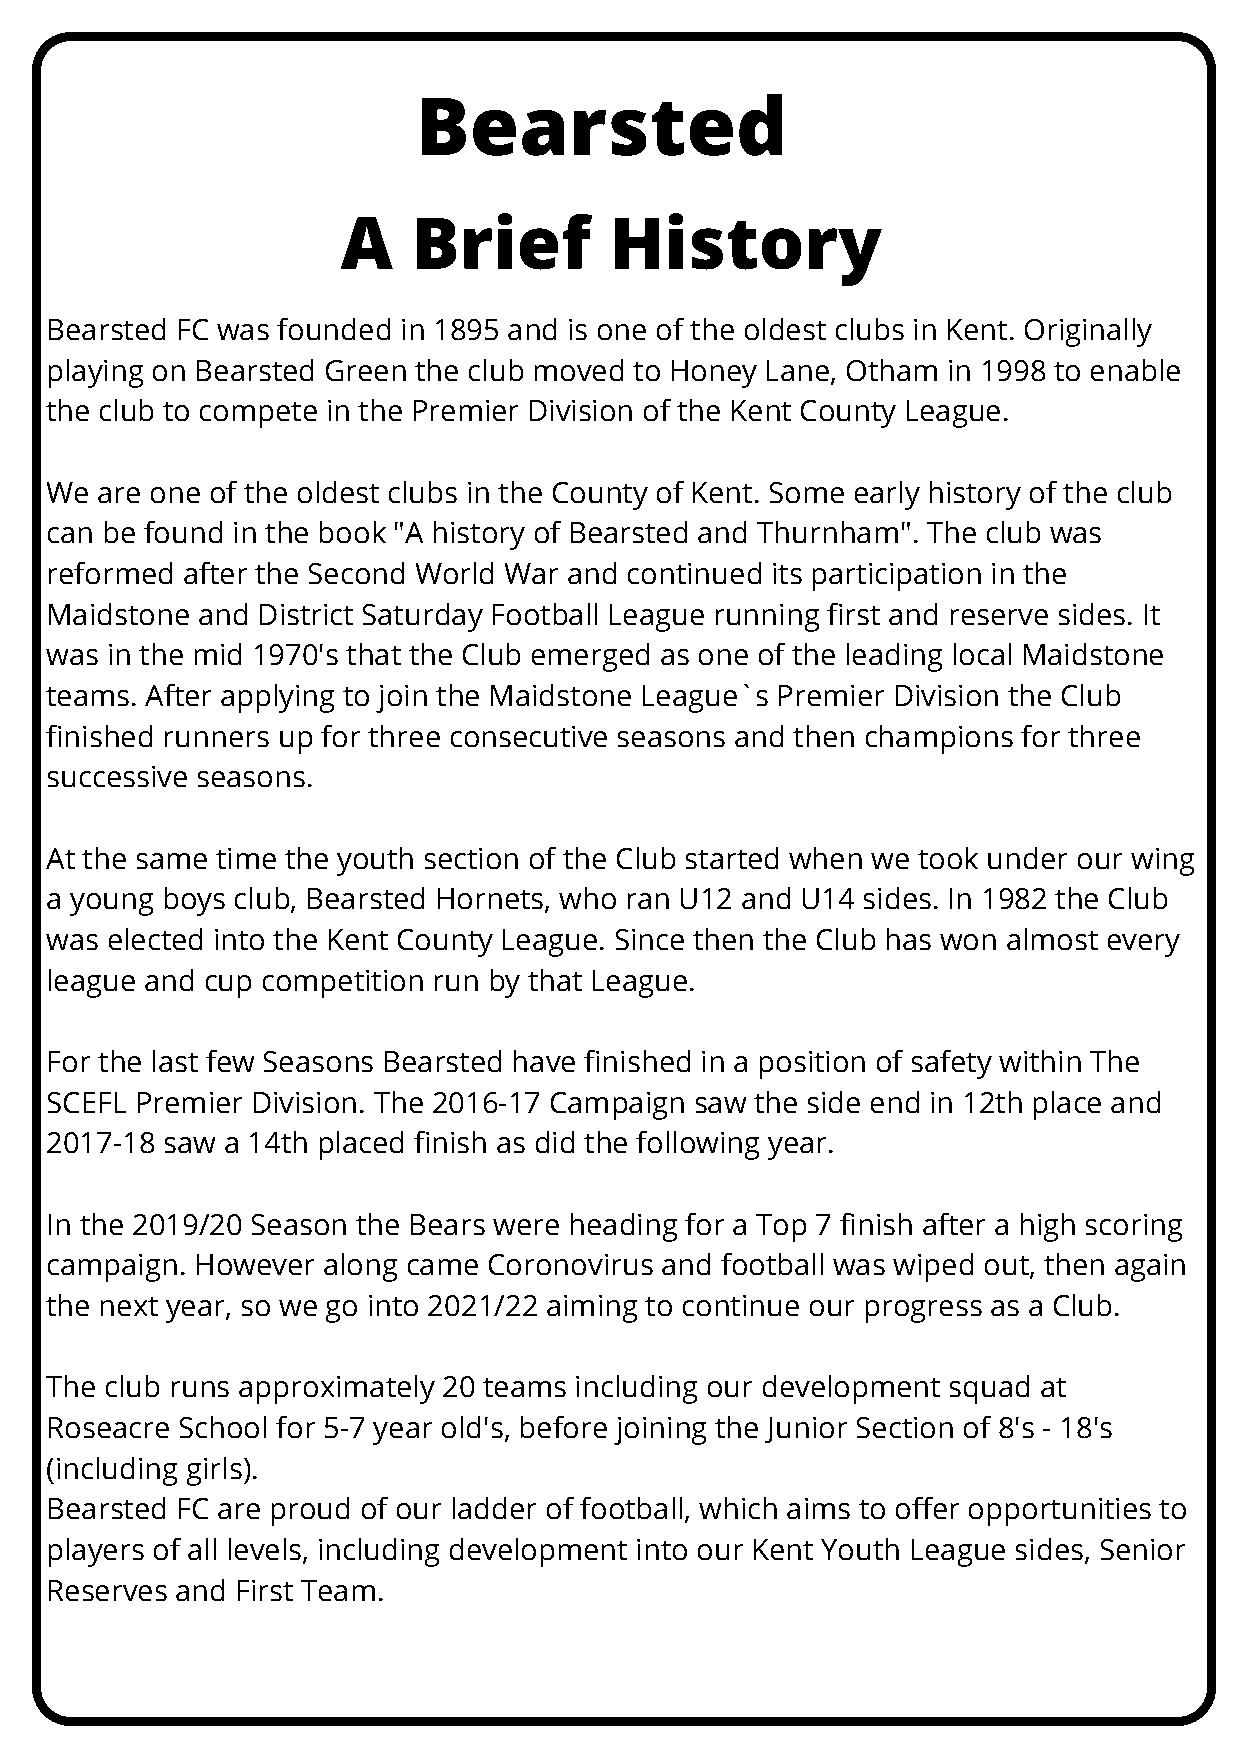
Bearsted
 A   Brief        History
 Bearsted FC was founded in 1895 and is one of the oldest clubs in Kent. Originally
 playing on Bearsted Green the club moved to Honey Lane, Otham in 1998 to enable
 the club to compete in the Premier Division of the Kent County League.
 We are one of the oldest clubs in the County of Kent. Some early history of the club
 can be found in the book "A history of Bearsted and Thurnham". The club was
 reformed after the Second World War and continued its participation in the
 Maidstone and District Saturday Football League running first and reserve sides. It
 was in the mid 1970's that the Club emerged as one of the leading local Maidstone
 teams. After applying to join the Maidstone League`s Premier Division the Club
 finished runners up for three consecutive seasons and then champions for three
 successive seasons.
 At the same time the youth section of the Club started when we took under our wing
 a young boys club, Bearsted Hornets, who ran U12 and U14 sides. In 1982 the Club
 was elected into the Kent County League. Since then the Club has won almost every
 league and cup competition run by that League.
 For the last few Seasons Bearsted have finished in a position of safety within The
 SCEFL Premier Division. The 2016-17 Campaign saw the side end in 12th place and
 2017-18 saw a 14th placed finish as did the following year.
 In the 2019/20 Season the Bears were heading for a Top 7 finish after a high scoring
 campaign. However along came Coronovirus and football was wiped out, then again
 the next year, so we go into 2021/22 aiming to continue our progress as a Club.
 The club runs approximately 20 teams including our development squad at
 Roseacre School for 5-7 year old's, before joining the Junior Section of 8's - 18's
 (including girls).
 Bearsted FC are proud of our ladder of football, which aims to offer opportunities to
 players of all levels, including development into our Kent Youth League sides, Senior
 Reserves and First Team.